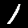
Label: 1